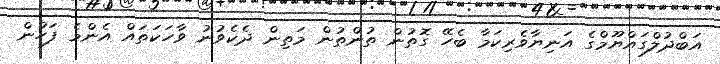
އަބްދުލްގައްޔޫމްގެ އަނިޔާވެރިކަމާ ބެހޭ ގޮތުން ތުންތުން މަތިން ދެކެވުނު ވާހަކަތައް އެންމެ ފަހުން